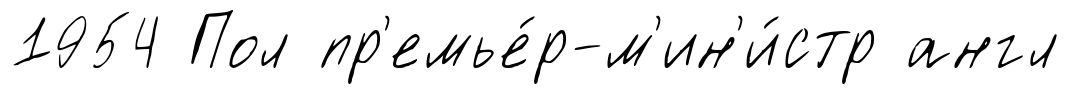
1954 Пол пр'емье́р-м'ин'и́стр англ